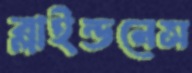
ব্লাইন্ডনেস